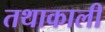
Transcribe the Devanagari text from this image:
तथाकाली